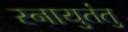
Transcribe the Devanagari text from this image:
स्नायुतंतु